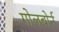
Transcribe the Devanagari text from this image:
गोलबोर्न